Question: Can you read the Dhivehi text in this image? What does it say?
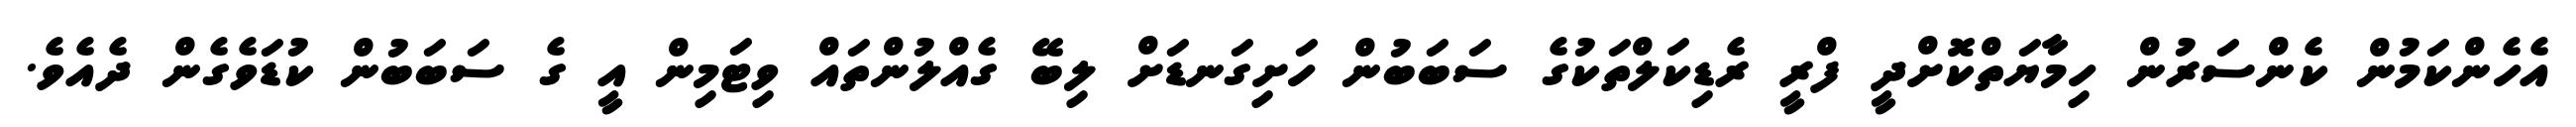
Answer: އެހެންކަމުން ކެންސަރުން ހިމާޔަތްކޮށްދީ ފްރީ ރެޑިކަލްތަކުގެ ސަބަބުން ހަށިގަނޑަށް ލިބޭ ގެއްލުންތައް ވިޓަމިން އީ ގެ ސަބަބުން ކުޑަވެގެން ދެއެވެ.